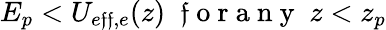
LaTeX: E_{p}<U_{e\mathfrak{f}\mathfrak{f},e}(z)\; \mathrm{{~\mathfrak{f}~o~r~a~n~y~}}\; z<z_{p}